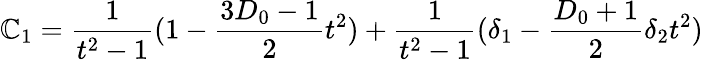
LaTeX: \mathbb{C}_{1}=\frac{{1}}{{t^{2}-1}}(1-\frac{{3D_{0}-1}}{{2}}t^{2})+\frac{{1}}{{t^{2}-1}}(\delta_{1}-\frac{{D_{0}+1}}{{2}}\delta_{2}t^{2})